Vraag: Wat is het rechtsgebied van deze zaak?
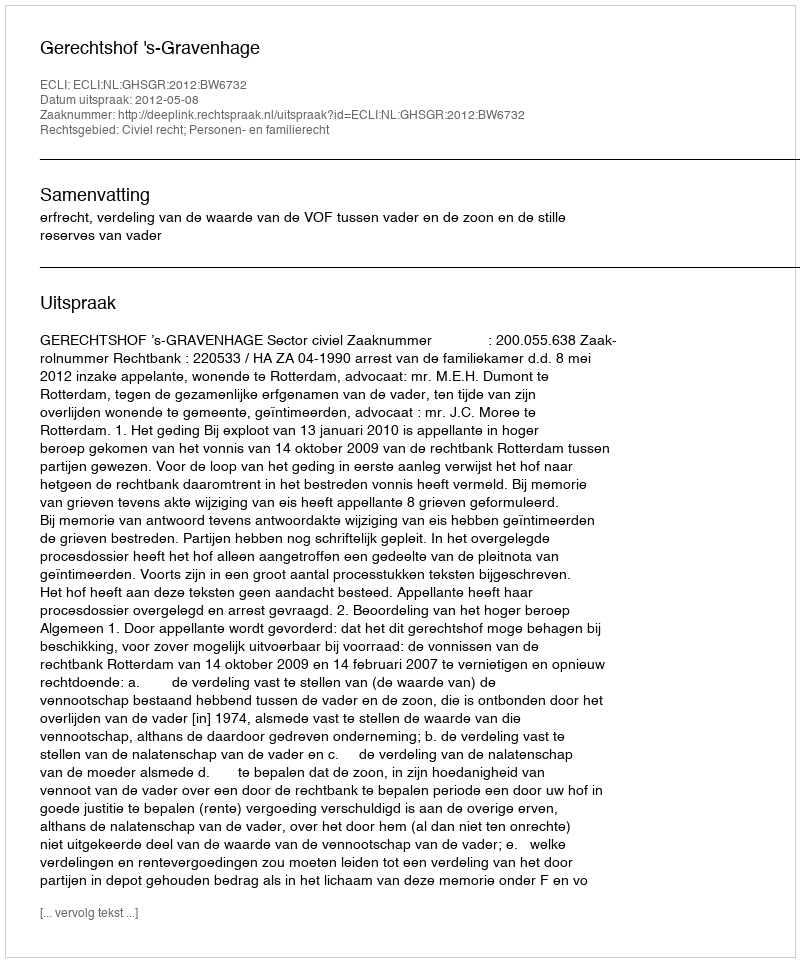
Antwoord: Civiel recht; Personen- en familierecht